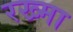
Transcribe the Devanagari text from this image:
रख्मा